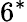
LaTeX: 6^{*}